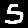
Digit: 5